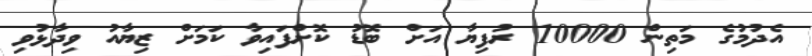
އެދުމުގެ މަތިން 10000 ރުފިޔާ އަށް ބޮޑު ކޮށްފައިވާ ކަމަށް ޒިޔާއު ވިދާޅުވި